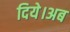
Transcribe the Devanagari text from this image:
दिये।अब